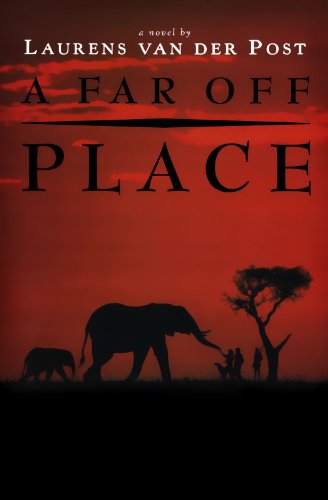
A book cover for A Far-Off Place; Laurens van der Post; Travel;